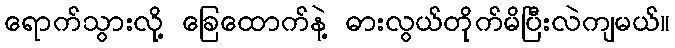
ရောက်သွားလို့ ခြေထောက်နဲ့ ဓားလွယ်တိုက်မိပြီးလဲကျမယ်။